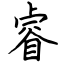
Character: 睿